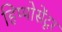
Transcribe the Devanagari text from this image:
हिप्पोसेंटूर